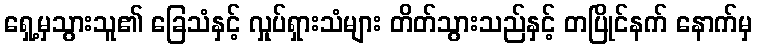
ရှေ့မှသွားသူ၏ ခြေသံနှင့် လှုပ်ရှားသံများ တိတ်သွားသည်နှင့် တပြိုင်နက် နောက်မှ